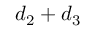
d _ { 2 } + d _ { 3 }